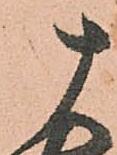
十